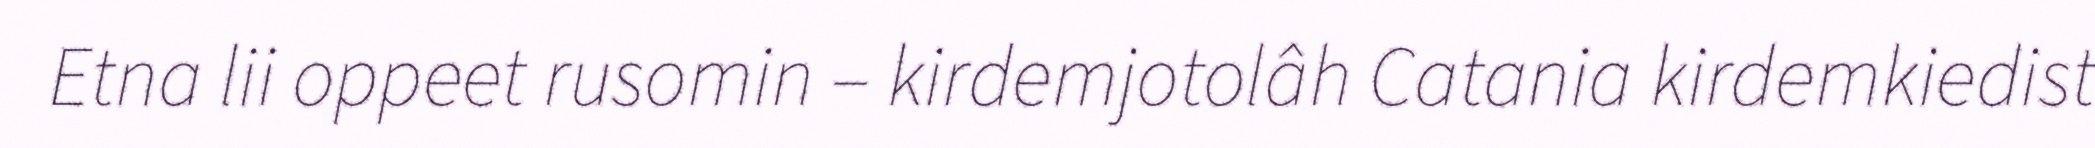
Etna lii oppeet rusomin – kirdemjotolâh Catania kirdemkiedist